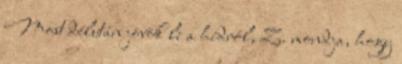
Most délután jövök le a hídról, Z. mondja, hogy